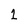
Character: 1